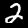
Digit: 2